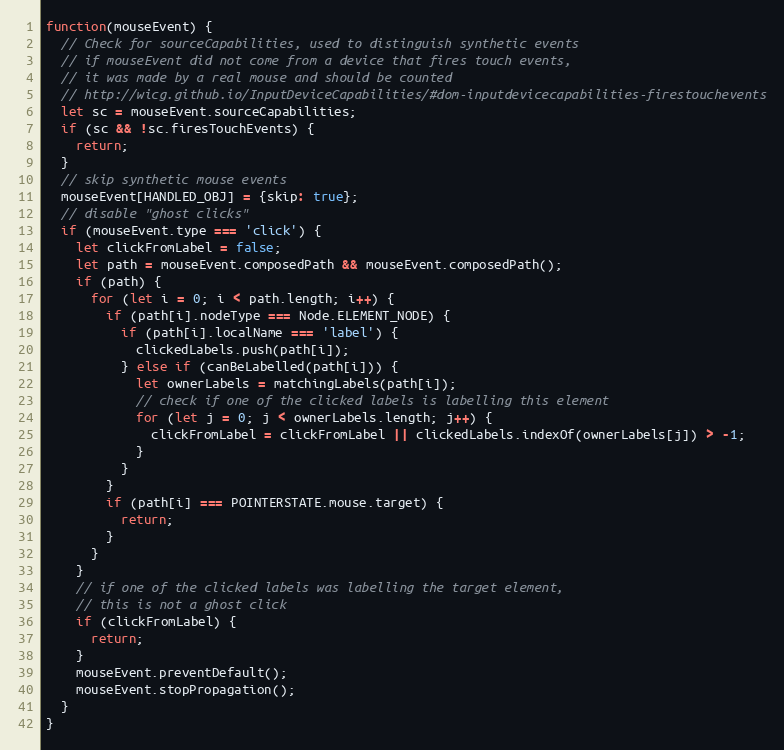
Language: JavaScript
function(mouseEvent) {
  // Check for sourceCapabilities, used to distinguish synthetic events
  // if mouseEvent did not come from a device that fires touch events,
  // it was made by a real mouse and should be counted
  // http://wicg.github.io/InputDeviceCapabilities/#dom-inputdevicecapabilities-firestouchevents
  let sc = mouseEvent.sourceCapabilities;
  if (sc && !sc.firesTouchEvents) {
    return;
  }
  // skip synthetic mouse events
  mouseEvent[HANDLED_OBJ] = {skip: true};
  // disable "ghost clicks"
  if (mouseEvent.type === 'click') {
    let clickFromLabel = false;
    let path = mouseEvent.composedPath && mouseEvent.composedPath();
    if (path) {
      for (let i = 0; i < path.length; i++) {
        if (path[i].nodeType === Node.ELEMENT_NODE) {
          if (path[i].localName === 'label') {
            clickedLabels.push(path[i]);
          } else if (canBeLabelled(path[i])) {
            let ownerLabels = matchingLabels(path[i]);
            // check if one of the clicked labels is labelling this element
            for (let j = 0; j < ownerLabels.length; j++) {
              clickFromLabel = clickFromLabel || clickedLabels.indexOf(ownerLabels[j]) > -1;
            }
          }
        }
        if (path[i] === POINTERSTATE.mouse.target) {
          return;
        }
      }
    }
    // if one of the clicked labels was labelling the target element,
    // this is not a ghost click
    if (clickFromLabel) {
      return;
    }
    mouseEvent.preventDefault();
    mouseEvent.stopPropagation();
  }
}